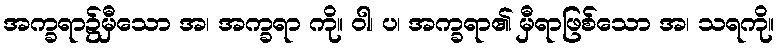
အက္ခရာ၌မှီသော အ၊ အက္ခရာ ကို။ ဝါ၊ ပ၊ အက္ခရာ၏ မှီရာဖြစ်သော အ၊ သရကို။